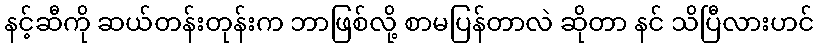
နင့်ဆီကို ဆယ်တန်းတုန်းက ဘာဖြစ်လို့ စာမပြန်တာလဲ ဆိုတာ နင် သိပြီလားဟင်